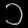
Digit: ၁